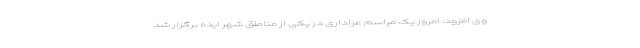
وی افزود: امروز یک مراسم عزاداری در یکی از مناطق شهر ایذه برگزار شد